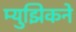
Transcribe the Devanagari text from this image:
म्युझिकने